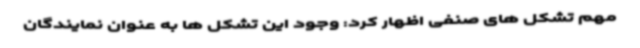
مهم تشکل های صنفی اظهار کرد: وجود این تشکل ها به عنوان نمایندگان